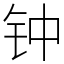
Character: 钟